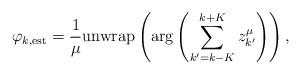
LaTeX: \begin{align*} \varphi_{k,\mathrm{est}} = \frac{1}{\mu}\mathrm{unwrap}\left(\arg\left(\sum_{k'=k-K}^{k+K}z_{k'}^\mu\right)\right),\end{align*}